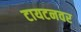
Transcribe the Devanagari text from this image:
टायटनवर